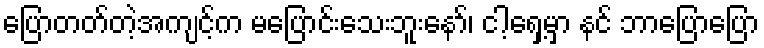
ပြောတတ်တဲ့အကျင့်က မပြောင်းသေးဘူးနော်၊ ငါ့ရှေ့မှာ နင် ဘာပြောပြော